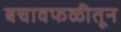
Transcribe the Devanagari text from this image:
बचावफळीतून